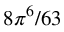
8 \pi ^ { 6 } / 6 3